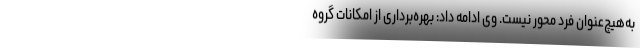
به‌هیچ‌عنوان فرد محور نیست. وی ادامه داد: بهره‌برداری از امکانات گروه